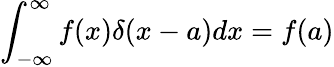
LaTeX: \int_{-\infty}^{\infty}f(x)\delta(x-a)dx=f(a)